65_HS1-834228961_62-HQ-83894_Section_2
Agency: FBI
Page 125
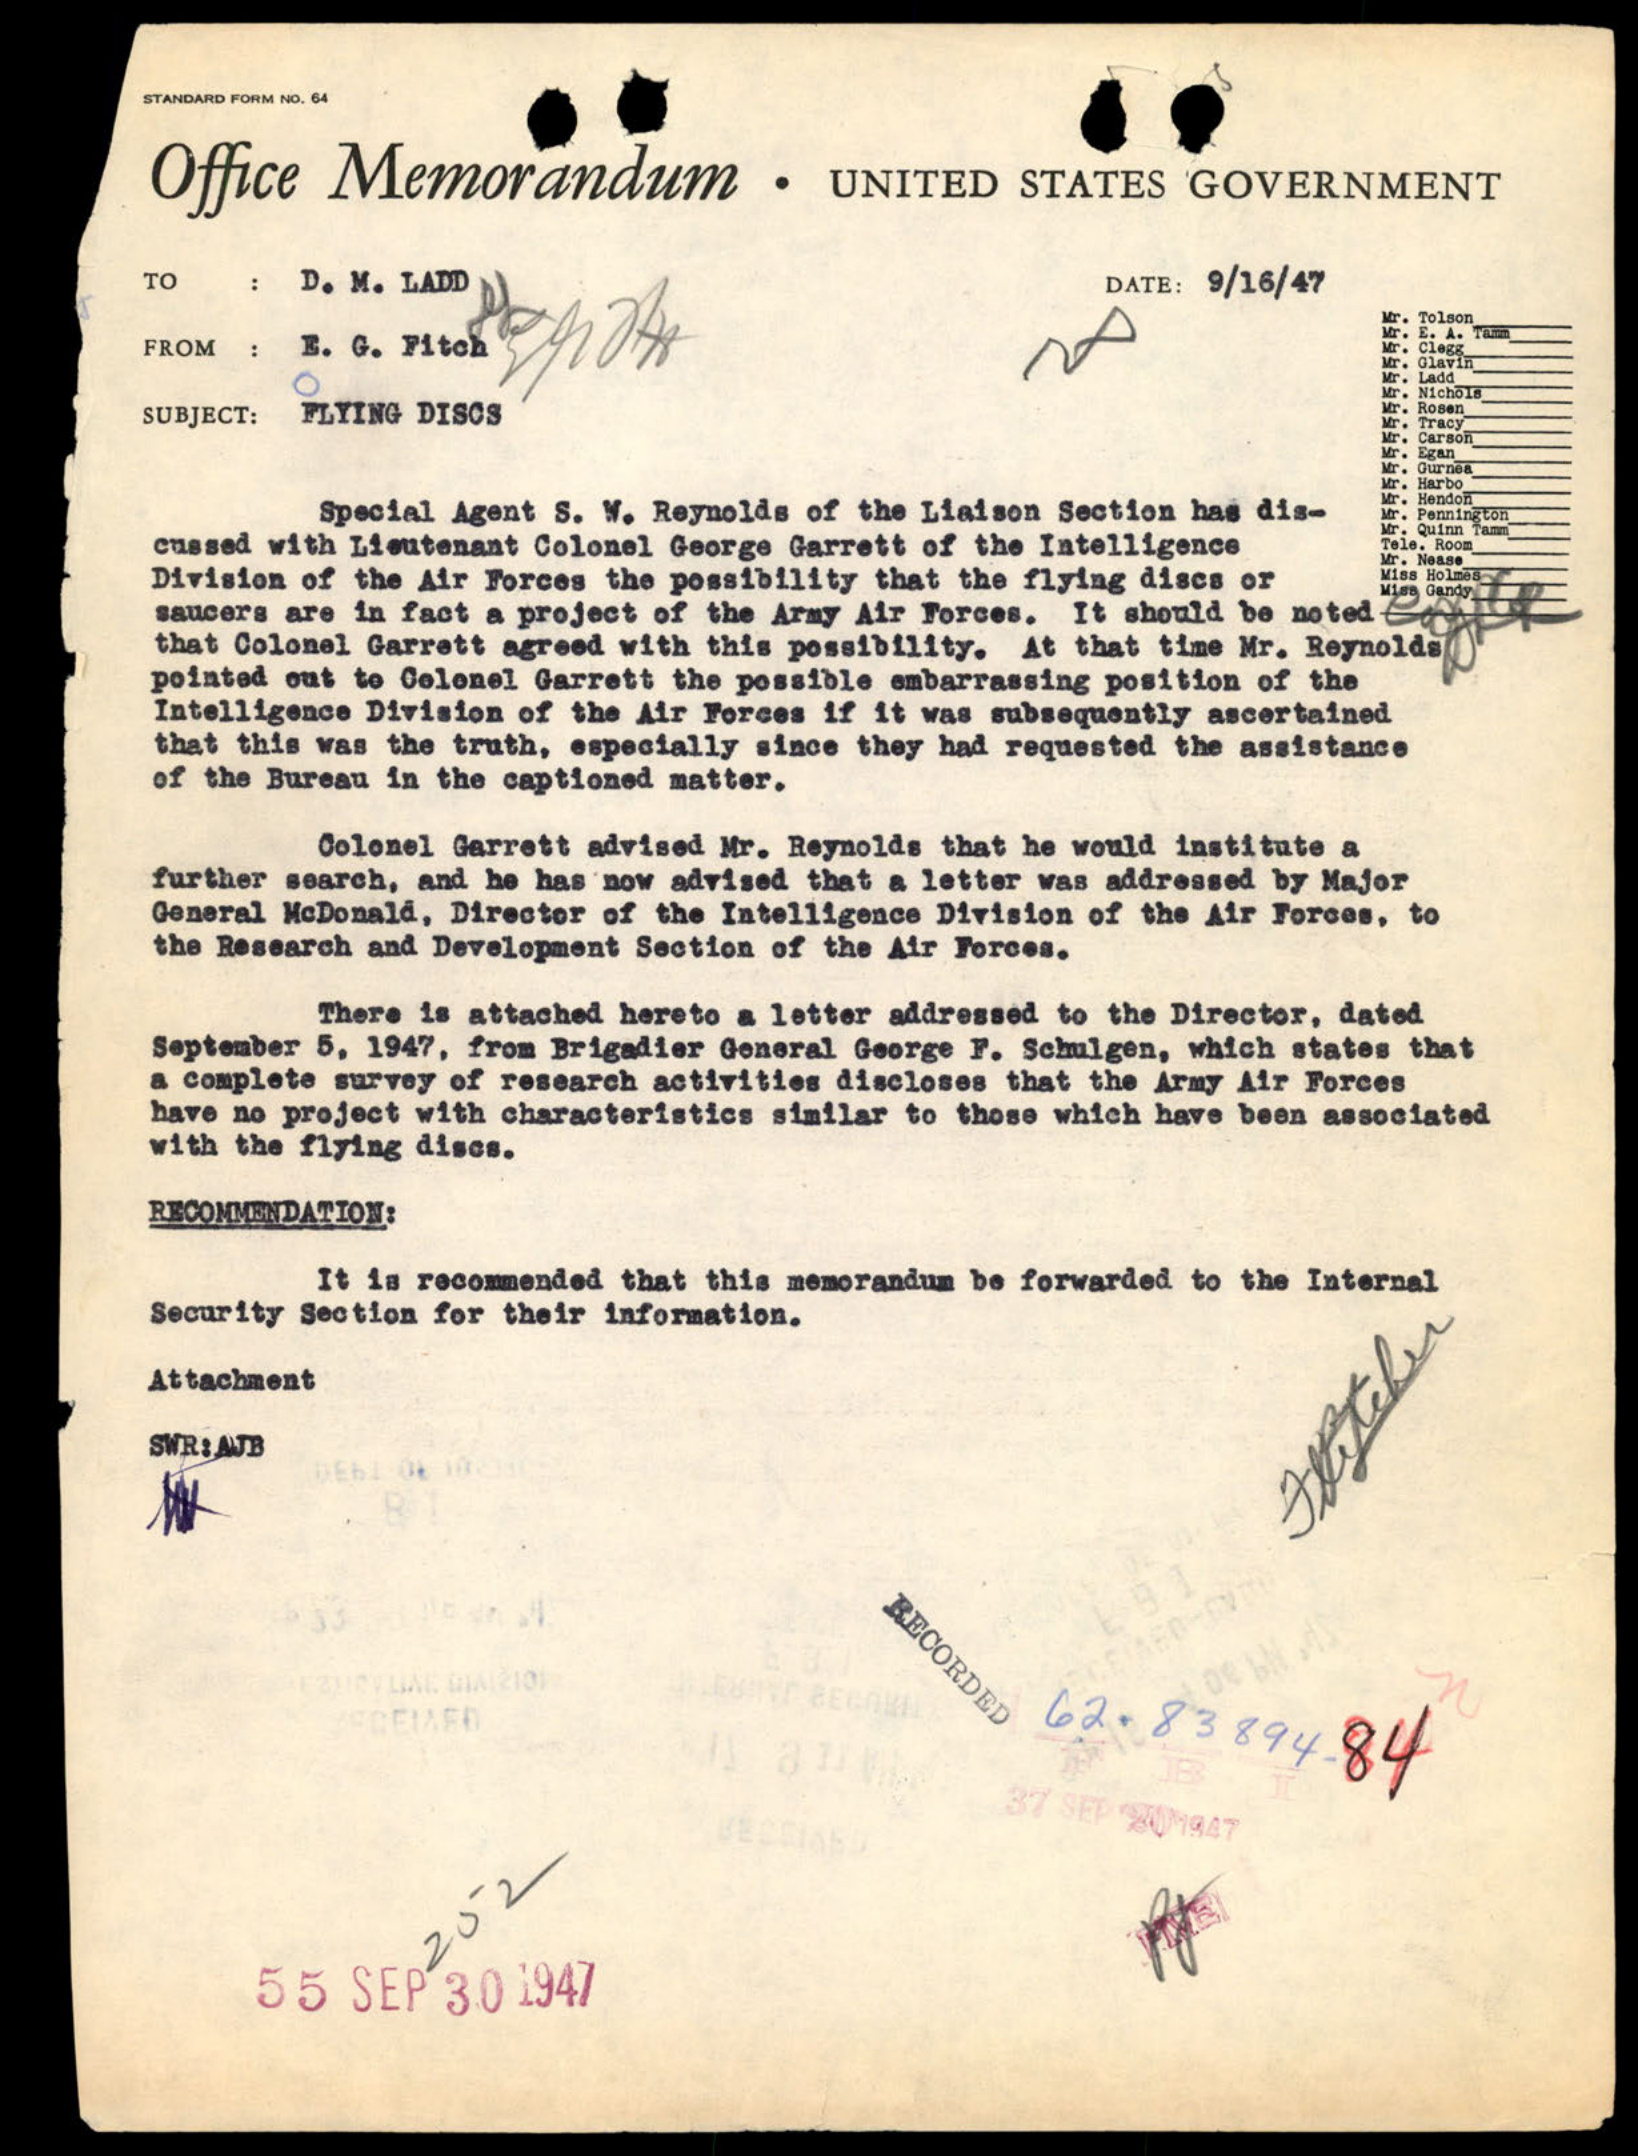